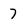
Character: 7